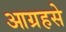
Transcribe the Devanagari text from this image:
आग्रहसे